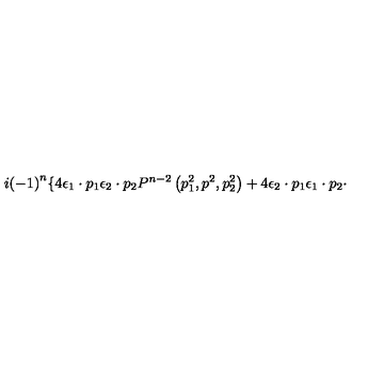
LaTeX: i { \left( - 1 \right) } ^ { n } \lbrace 4 { \epsilon } _ { 1 } \cdot p _ { 1 } { \epsilon } _ { 2 } \cdot p _ { 2 } P ^ { n - 2 } \left( p _ { 1 } ^ { 2 } , p ^ { 2 } , p _ { 2 } ^ { 2 } \right) + 4 { \epsilon } _ { 2 } \cdot p _ { 1 } { \epsilon } _ { 1 } \cdot p _ { 2 } \cdot